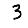
Digit: 3